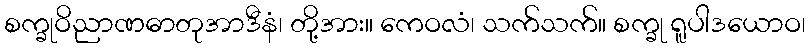
စက္ခုဝိညာဏဓာတုအာဒီနံ၊ တို့အား။ ကေဝလံ၊ သက်သက်။ စက္ခု ရူပါဒယောဝ၊